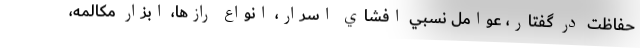
حفاظت در گفتار، عوامل نسبي افشاي اسرار، انواع رازها، ابزار مكالمه،